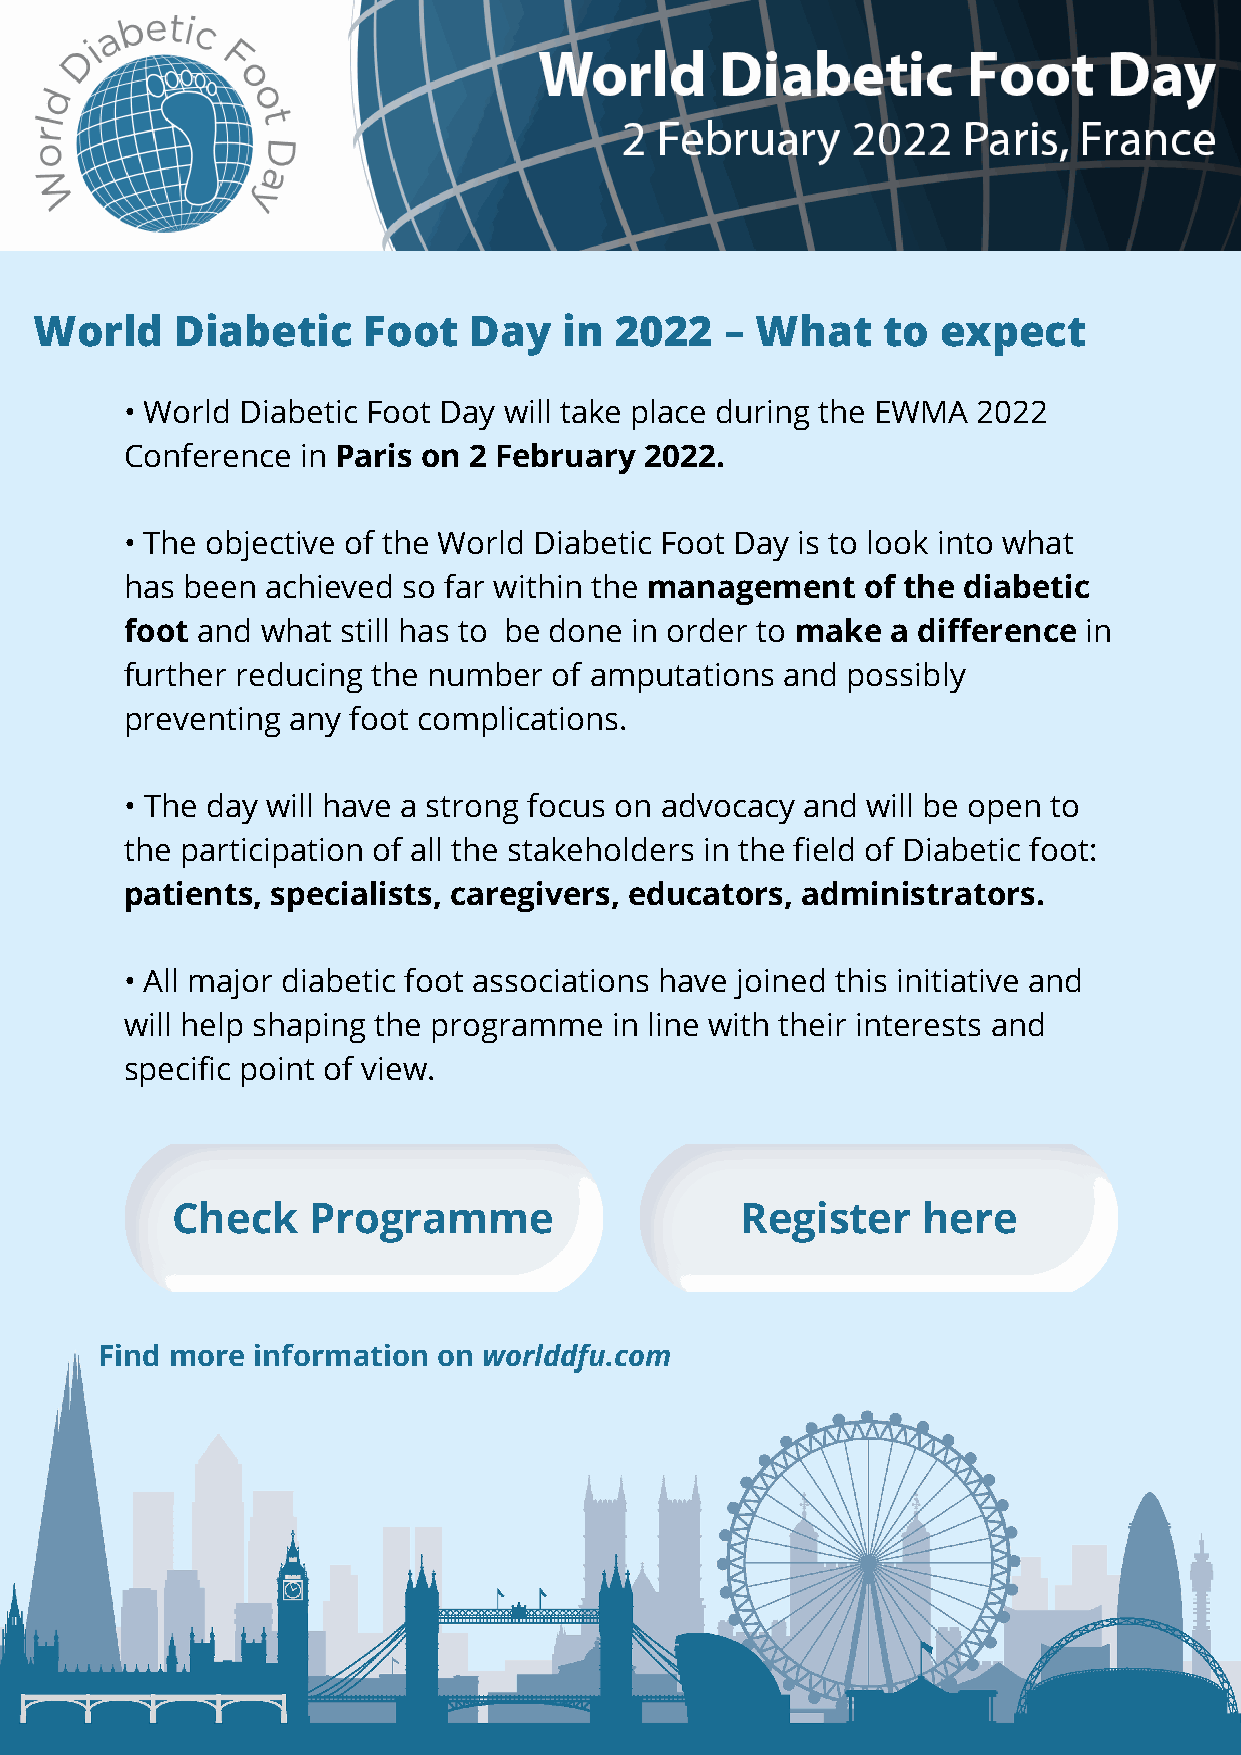
World     Diabetic    Foot   Day   in  2022   – What    to  expect
 • World Diabetic Foot Day will take place during the EWMA 2022
 Conference  in Paris on 2 February 2022.
 • The objective of the World Diabetic Foot Day is to look into what
 has been  achieved so far within the management  of the diabetic
 foot and what  still has to be done in order to make a difference in
 further reducing the number  of amputations and possibly
 preventing any foot complications.
 • The day will have a strong focus on advocacy and will be open to
 the participation of all the stakeholders in the field of Diabetic foot:
 patients, specialists, caregivers, educators, administrators.
 • All major diabetic foot associations have joined this initiative and
 will help shaping the programme  in line with their interests and
 specific point of view.
 Check    Programme                    Register    here
 Find more information on worlddfu.com